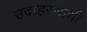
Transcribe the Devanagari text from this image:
उदाहरणार्थः